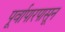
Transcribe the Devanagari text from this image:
पूर्वापारपासून